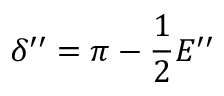
\delta ^ { \prime \prime } = \pi - \frac { 1 } { 2 } E ^ { \prime \prime }